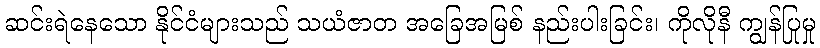
ဆင်းရဲနေသော နိုင်ငံများသည် သယံဇာတ အခြေအမြစ် နည်းပါးခြင်း၊ ကိုလိုနီ ကျွန်ပြုမှု